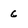
Character: 6